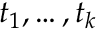
t _ { 1 } , \ldots , t _ { k }